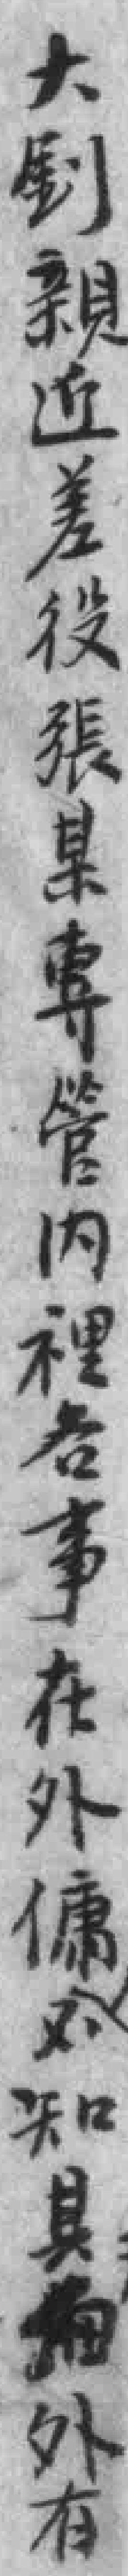
大釗親近差役張某專管内裡各事在外傭不知具细外有